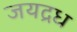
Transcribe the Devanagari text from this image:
जयद्रध